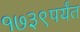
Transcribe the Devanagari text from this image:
१७३९पर्यंत